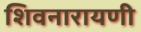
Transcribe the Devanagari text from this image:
शिवनारायणी